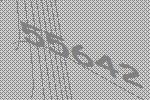
55642